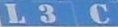
L3 C